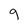
Character: g